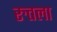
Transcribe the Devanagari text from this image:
रुतला